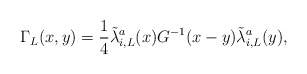
\begin{align*}\Gamma_L(x,y) = \frac{1}{4} \tilde{\lambda}_{i,L}^a(x) G^{-1}(x-y)\tilde{\lambda}_{i,L}^a(y),\end{align*}